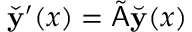
\check { \mathbf { y } } ^ { \prime } ( x ) = \tilde { \mathsf { A } } \breve { \mathbf { y } } ( x )